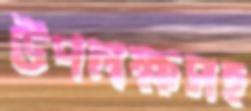
উপলক্ষসহ